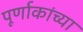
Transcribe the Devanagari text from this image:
पूर्णाकांच्या